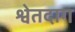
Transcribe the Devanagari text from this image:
श्वेतदाग